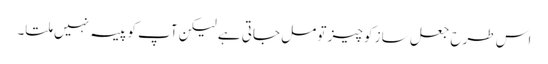
اس طرح جعل ساز کو چیز تو مل جاتی ہے لیکن آپ کو پیسہ نہیں ملتا۔